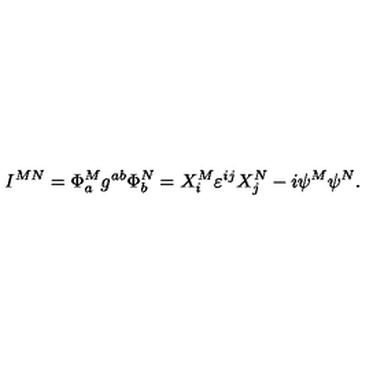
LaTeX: I ^ { M N } = \Phi _ { a } ^ { M } g ^ { a b } \Phi _ { b } ^ { N } = X _ { i } ^ { M } \varepsilon ^ { i j } X _ { j } ^ { N } - i \psi ^ { M } \psi ^ { N } .